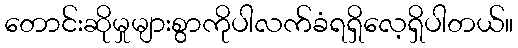
တောင်းဆိုမှုများစွာကိုပါလက်ခံရရှိလေ့ရှိပါတယ်။